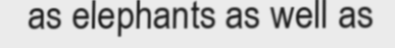
as elephants as well as